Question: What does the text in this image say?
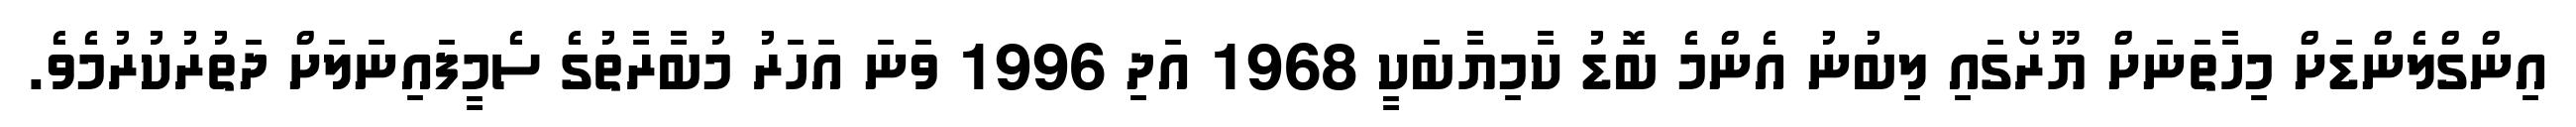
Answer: އިންގްލެންޑަށް މިހާތަނަށް ޔޫރޯގައި ލިބުނު އެންމެ ބޮޑު ކާމިޔާބަކީ 1968 އަދި 1996 ވަނަ އަހަރު މުބާރާތުގެ ސެމީފައިނަލަށް ދަތުރުކުރުމެވެ.